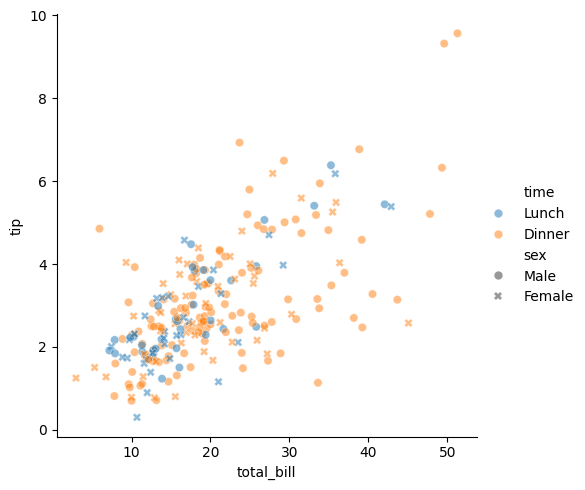
python, seaborn, relplot, alpha=0.5